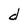
Character: d